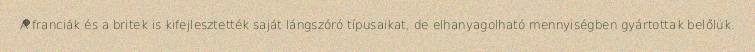
A franciák és a britek is kifejlesztették saját lángszóró típusaikat, de elhanyagolható mennyiségben gyártottak belőlük.